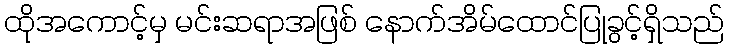
ထိုအကောင့်မှ မင်းဆရာအဖြစ် နောက်အိမ်ထောင်ပြုခွင့်ရှိသည်